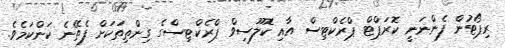
ރިޕޯޓުން ފެންނަނީ ކޮރަޕްޓް ޕްރެކްޓިސް އާއި ކޮލޫސިވް ޕްރެކްޓިސްގެ ގިންތިތަކަށް ފެތޭނެ ކަންކަމެވެ.